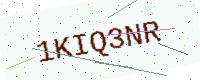
Text: 1KIQ3NR